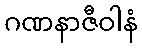
ဂဏနာဇီဝါနံ